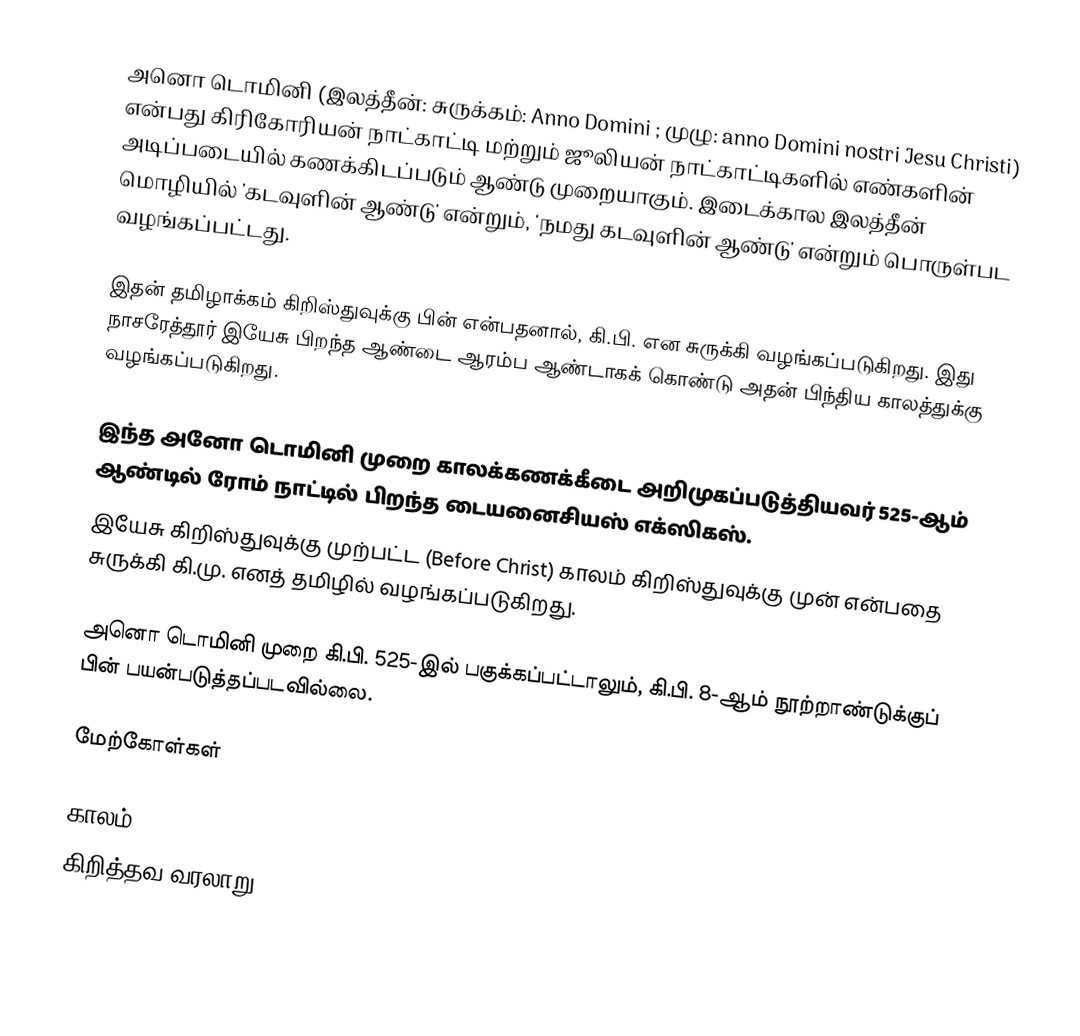
அனொ டொமினி (இலத்தீன்: சுருக்கம்: Anno Domini ; முழு: anno Domini nostri Jesu Christi)  என்பது  கிரிகோரியன் நாட்காட்டி மற்றும் ஜூலியன் நாட்காட்டிகளில் எண்களின் அடிப்படையில் கணக்கிடப்படும் ஆண்டு முறையாகும். இடைக்கால இலத்தீன் மொழியில் 'கடவுளின் ஆண்டு' என்றும், 'நமது கடவுளின் ஆண்டு'  என்றும் பொருள்பட வழங்கப்பட்டது.

இதன் தமிழாக்கம் கிறிஸ்துவுக்கு பின் என்பதனால், கி.பி. என சுருக்கி வழங்கப்படுகிறது. இது நாசரேத்தூர் இயேசு பிறந்த ஆண்டை ஆரம்ப ஆண்டாகக் கொண்டு அதன் பிந்திய காலத்துக்கு வழங்கப்படுகிறது.

இந்த அனோ டொமினி முறை காலக்கணக்கீடை அறிமுகப்படுத்தியவர் 525-ஆம் ஆண்டில் ரோம் நாட்டில் பிறந்த டையனைசியஸ் எக்ஸிகஸ்.
இயேசு கிறிஸ்துவுக்கு முற்பட்ட (Before Christ) காலம் கிறிஸ்துவுக்கு முன் என்பதை சுருக்கி கி.மு. எனத் தமிழில் வழங்கப்படுகிறது.

அனொ டொமினி முறை கி.பி. 525-இல் பகுக்கப்பட்டாலும், கி.பி. 8-ஆம் நூற்றாண்டுக்குப் பின் பயன்படுத்தப்படவில்லை.

மேற்கோள்கள்

காலம்
கிறித்தவ வரலாறு